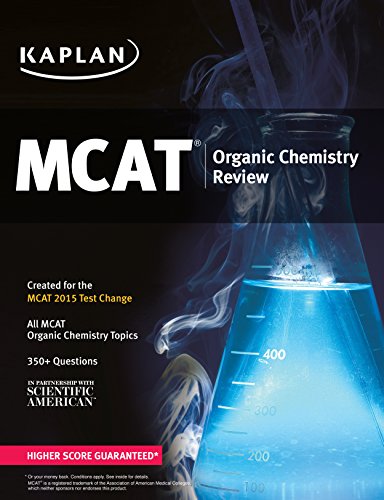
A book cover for Kaplan MCAT Organic Chemistry Review: Created for MCAT 2015 (Kaplan Test Prep); Kaplan; Test Preparation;